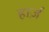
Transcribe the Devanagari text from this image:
हार्ज़